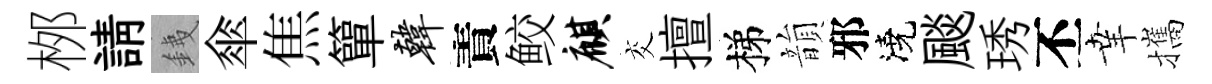
桞請銕傘焦簞韩責鲛麒交擅梯韻邪澆颷琇丕𦍒攜